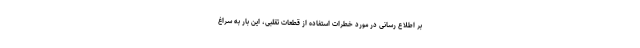
بر اطلاع رسانی در مورد خطرات استفاده از قطعات تقلبی، این بار به سراغ